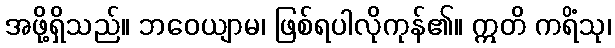
အဖို့ရှိသည်။ ဘဝေယျာမ၊ ဖြစ်ရပါလိုကုန်၏။ ဣတိ ကရိံသု၊